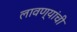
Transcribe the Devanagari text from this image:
लावण्यांची